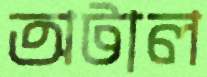
অটাল